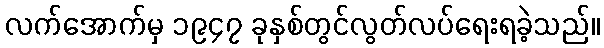
လက်အောက်မှ ၁၉၄၇ ခုနှစ်တွင်လွတ်လပ်ရေးရခဲ့သည်။